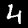
Label: 4